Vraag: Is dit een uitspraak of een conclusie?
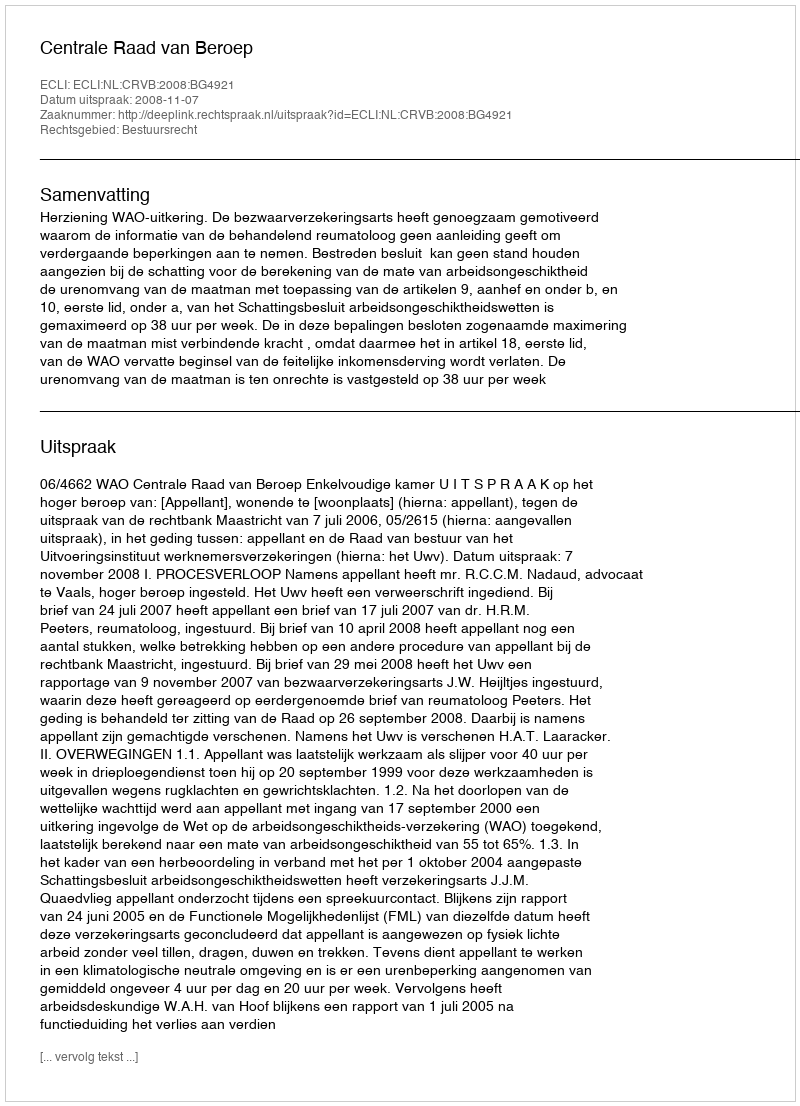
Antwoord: Uitspraak